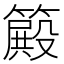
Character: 𥴫